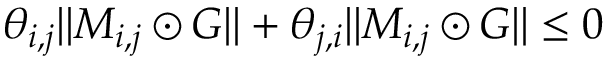
\theta _ { i , j } | | M _ { i , j } \odot G | | + \theta _ { j , i } | | M _ { i , j } \odot G | | \leq 0